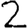
Digit: 2